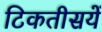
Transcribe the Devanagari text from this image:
टिकतीसयें